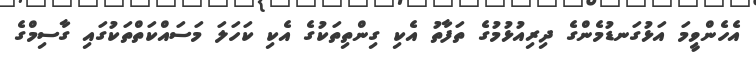
އެހެންވީމަ އަޅުގަނޑުމެންގެ ދިރިއުޅުމުގެ ތަފާތު އެކި ގިންތިތަކުގެ އެކި ކަހަލަ މަސައްކަތްތަކުގައި ގާސިމްގެ